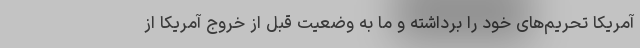
آمریکا تحریم‌های خود را برداشته و ما به وضعیت قبل از خروج آمریکا از